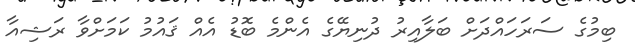
ބިމުގެ ސަރަހައްދަށް ބަލާއިރު ދުނިޔޭގެ އެންމެ ބޮޑު އެއް ޤައުމު ކަމަށްވާ ރަޝިއާ